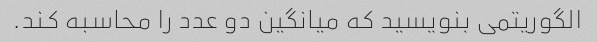
الگوریتمی بنویسید که میانگین دو عدد را محاسبه کند.